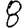
Digit: 8